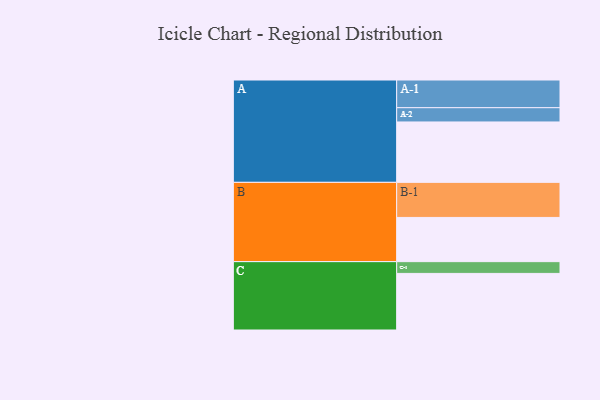
{"axis": {"x": "Segment", "y": "Value"}, "legend": ["", "A", "B", "C"], "data": [{"x": "A", "y": 508, "type": ""}, {"x": "B", "y": 372, "type": ""}, {"x": "C", "y": 476, "type": ""}, {"x": "A-1", "y": 233, "type": "A"}, {"x": "A-2", "y": 120, "type": "A"}, {"x": "B-1", "y": 295, "type": "B"}, {"x": "C-1", "y": 99, "type": "C"}]}